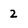
Character: 2